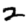
Digit: 2